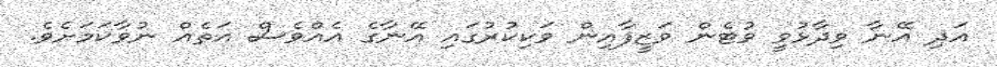
އަދި އޭނާ ވިދާޅުވީ ވުޓެން ވަޒީފާއިން ވަކިކުރުގައި އޭނާގެ އެއްވެސް އަތެއް ނުވާކަމަށެވެ.